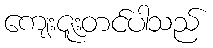
ကျေးဇူးတင်ပါသည်